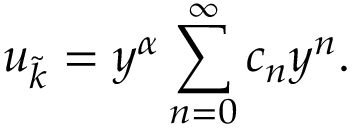
u _ { \tilde { k } } = y ^ { \alpha } \sum _ { n = 0 } ^ { \infty } c _ { n } y ^ { n } .